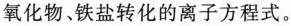
氧化物、铁盐转化的离子方程式。